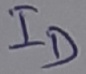
Text: ID